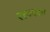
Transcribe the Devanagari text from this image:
रक्तवसा